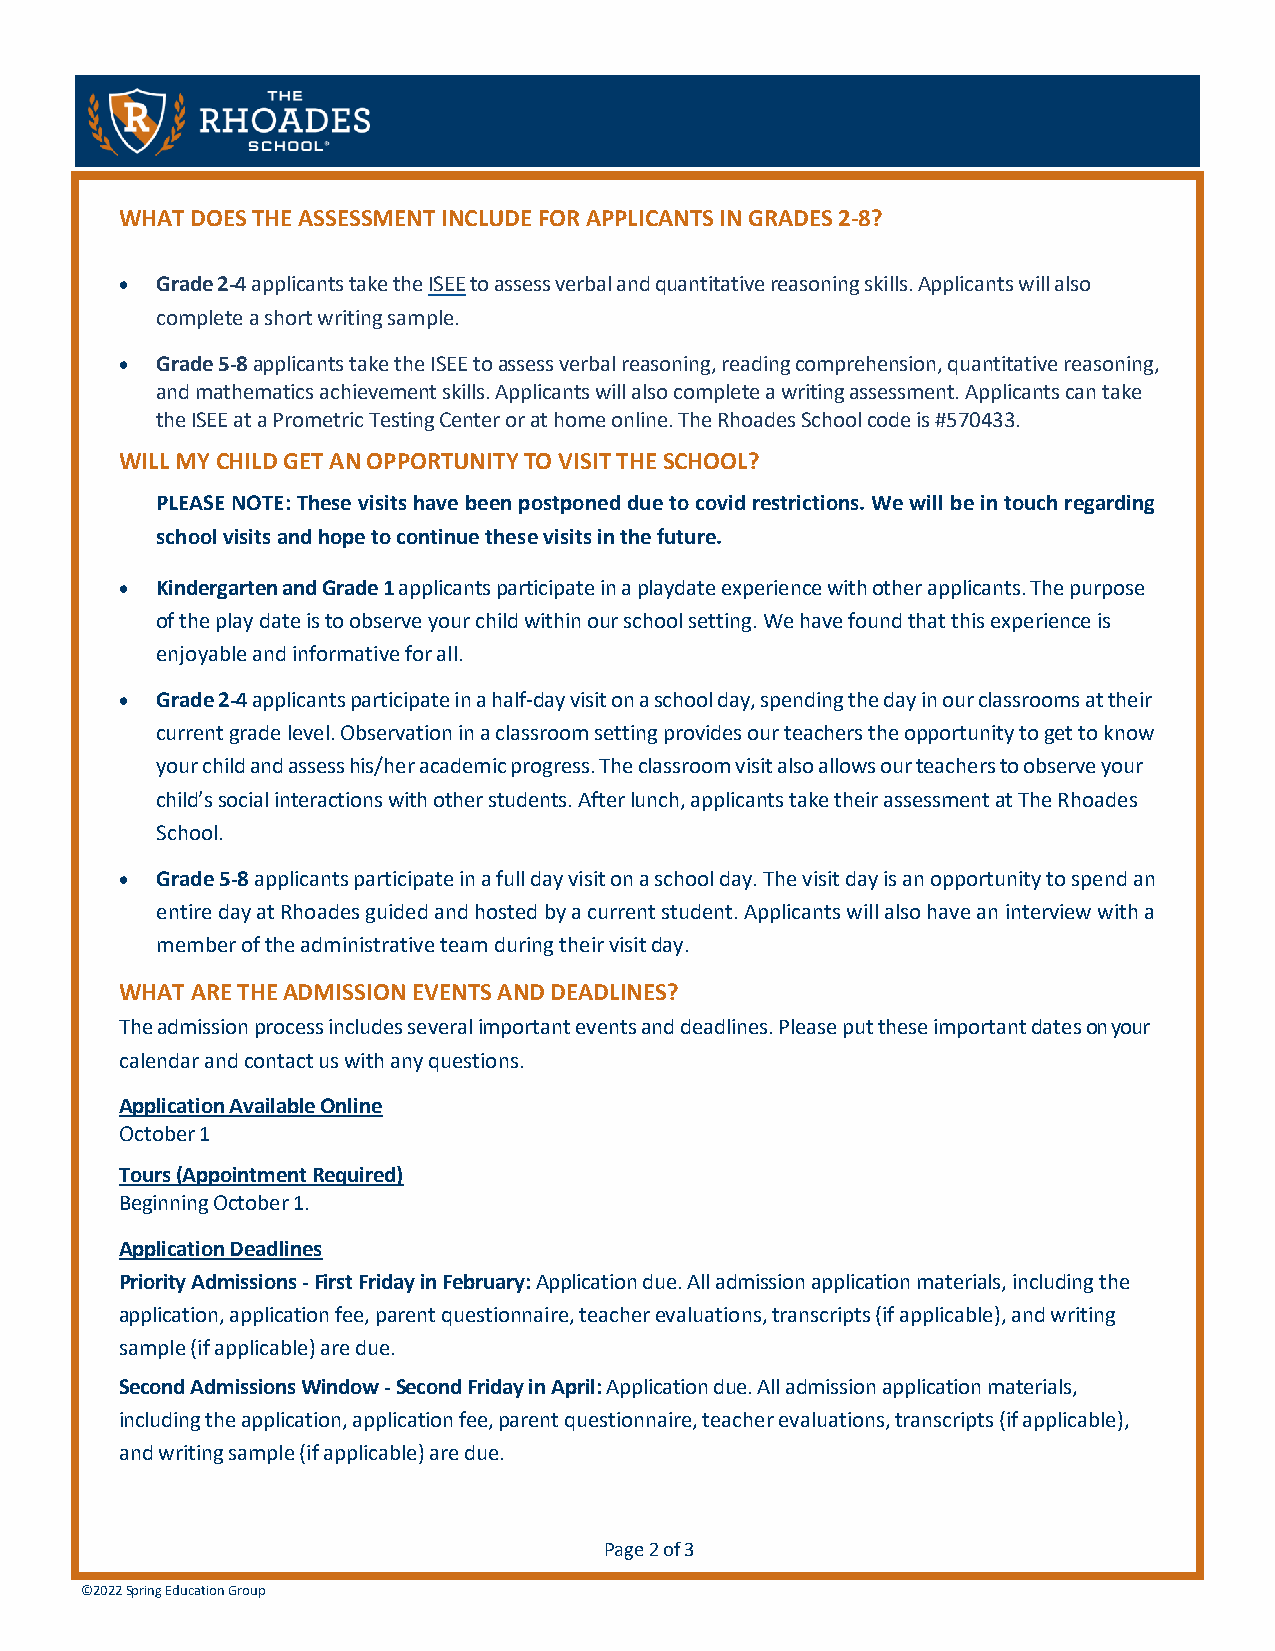
ADMISSION    FAQ
 WHAT DOES THE ASSESSMENT INCLUDE FOR APPLICANTS IN GRADES 2-8?
 • Grade 2-4 applicants take the ISEE to assess verbal and quantitative reasoning skills. Applicants will also
 complete a short writing sample.
 • Grade 5-8 applicants take the ISEE to assess verbal reasoning, reading comprehension, quantitative reasoning,
 and mathematics achievement skills. Applicants will also complete a writing assessment. Applicants can take
 the ISEE at a Prometric Testing Center or at home online. The Rhoades School code is #570433.
 WILL MY CHILD GET AN OPPORTUNITY TO VISIT THE SCHOOL?
 PLEASE NOTE: These visits have been postponed due to covid restrictions. We will be in touch regarding
 school visits and hope to continue these visits in the future.
 • Kindergarten and Grade 1 applicants participate in a playdate experience with other applicants. The purpose
 of the play date is to observe your child within our school setting. We have found that this experience is
 enjoyable and informative for all.
 • Grade 2-4 applicants participate in a half-day visit on a school day, spending the day in our classrooms at their
 current grade level. Observation in a classroom setting provides our teachers the opportunity to get to know
 your child and assess his/her academic progress. The classroom visit also allows our teachers to observe your
 child’s social interactions with other students. After lunch, applicants take their assessment at The Rhoades
 School.
 • Grade 5-8 applicants participate in a full day visit on a school day. The visit day is an opportunity to spend an
 entire day at Rhoades guided and hosted by a current student. Applicants will also have an interview with a
 member of the administrative team during their visit day.
 WHAT ARE THE ADMISSION EVENTS AND DEADLINES?
 The admission process includes several important events and deadlines. Please put these important dates on your
 calendar and contact us with any questions.
 Application Available Online
 October 1
 Tours (Appointment Required)
 Beginning October 1.
 Application Deadlines
 Priority Admissions - First Friday in February: Application due. All admission application materials, including the
 application, application fee, parent questionnaire, teacher evaluations, transcripts (if applicable), and writing
 sample (if applicable) are due.
 Second Admissions Window - Second Friday in April: Application due. All admission application materials,
 including the application, application fee, parent questionnaire, teacher evaluations, transcripts (if applicable),
 and writing sample (if applicable) are due.
 Page 2 of 3
 ©202 2 Spring Education Group